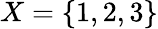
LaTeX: X=\{ 1,2,3\}